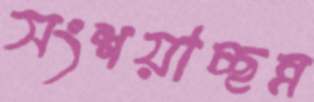
সংশয়াচ্ছন্ন